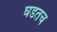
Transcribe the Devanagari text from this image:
घडतच